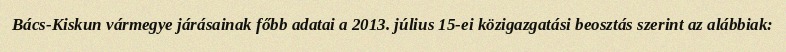
Bács-Kiskun vármegye járásainak főbb adatai a 2013. július 15-ei közigazgatási beosztás szerint az alábbiak: